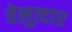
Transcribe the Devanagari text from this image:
वेलुत्दार